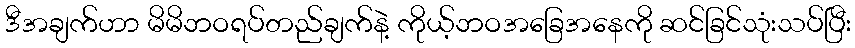
ဒီအချက်ဟာ မိမိဘဝရပ်တည်ချက်နဲ့ ကိုယ့်ဘဝအခြေအနေကို ဆင်ခြင်သုံးသပ်ပြီး